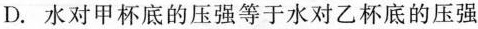
D. 水对甲杯底的压强等于水对乙杯底的压强甲图